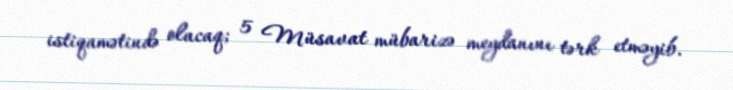
istiqamətində olacaq; 5 Müsavat mübarizə meydanını tərk etməyib.